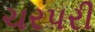
ચરપરી